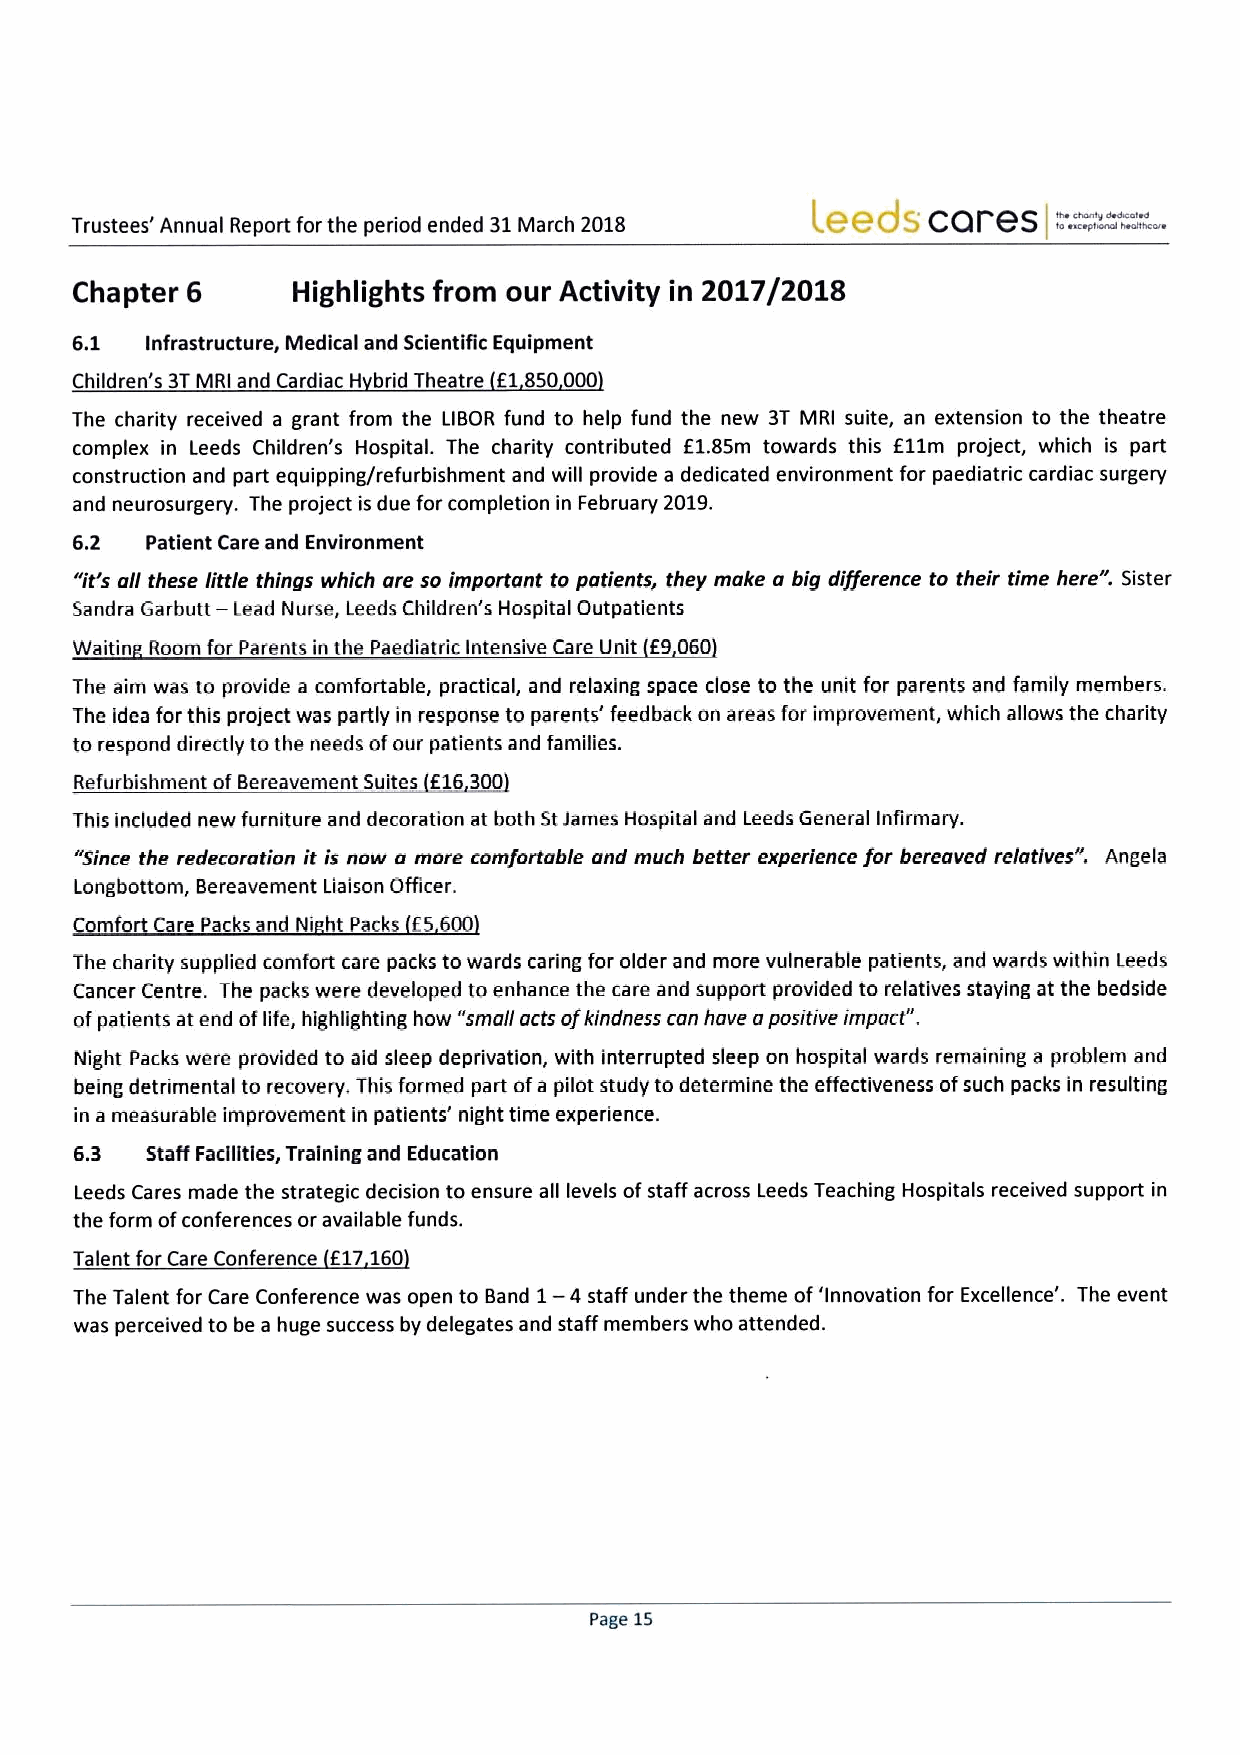
Leeds- cares    -"-"".=-."-
 Trustees' Annual Report for the pediod ended 31March 2018
 Chapter 6     Highlights from oLir Activity in 2017/201S
 6,1  infrastructure, Medical and Scientific Equipment
 Children's 3TMRI and Cardiac H brid Theatre E1850000
 The charity received a grant from the LIBOR fund to help fund the new 3T MRI suite, an extension to the theatre
 complex in Leeds Children's Hospital. The charity contributed 61.85m towards this 611m project, which is part
 construction and part equipping/refurbishment and will provide a dedicated environment for paediatric cardiac surgery
 and neurosurgery. The project is due for completion in February 2019.
 6.2  Patient Care and Environment
 "it's all these little things which are soimportant to patients, they make a big difference to their time here". Sister
 —
 Sandra Garbutt Lead Nurse, Leeds Children's Hospital Outpatients
 Waitin Room for Parents in the Paediatric Intensive Care Unit E9060
 The aim was to provide a comfortable, practical, and relaxing space close to the unit for parents and family members.
 The idea for this project was partly in response to parents' feedback on areas for improvement, which allows the charity
 to respond directly tothe needs ofour patients and families.
 Refurbishment ofBereavement Suites 616300
 This included new furniture and decoration at both StJames Hospital and Leeds General Infirmary.
 "Since the redecoration it is now a more comfortable and much better experience for bereaved relatives". Angela
 Longbottom, Bereavement Liaison Officer.
 f
 Comfort Care Packs and Ni ht Packs 5600
 The charity supplied comfort care packs to wards caring for older and more vulnerable patients, and wards within Leeds
 Cancer Centre. The packs were developed to enhance the care and support provided to relatives staying at the bedside
 ofpatients at end oflife, highlighting how "small acts ofkindness can hove apositive impact".
 Night Packs were provided to aid sleep deprivation, with interrupted sleep on hospital wards remaining a problem and
 being detrimental to recovery, This formed part ofa pilot study to determine the effectiveness ofsuch packs in resulting
 in a measurable improvement in patients' night time expedience.
 6.3  Staff Facilities, Training and Education
 Leeds Cares made the strategic decision to ensure all levels ofstaff across Leeds Teaching Hospitals received support in
 the form ofconferences or available funds.
 Talent for Care Conference E17160
 The Talent for Care Conference was open to Band 1—4 staff under the theme of'Innovation for Excellence'. The event
 was perceived to be a huge success by delegates and staff members who attended.
 Page 15